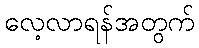
လေ့လာရန်အတွက်